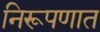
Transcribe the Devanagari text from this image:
निरूपणात